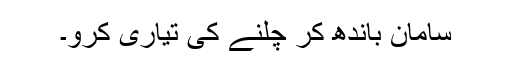
سامان باندھ کر چلنے کی تیاری کرو۔